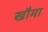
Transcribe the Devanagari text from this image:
खौमा